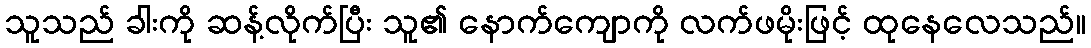
သူသည် ခါးကို ဆန့်လိုက်ပြီး သူ၏ နောက်ကျောကို လက်ဖမိုးဖြင့် ထုနေလေသည်။